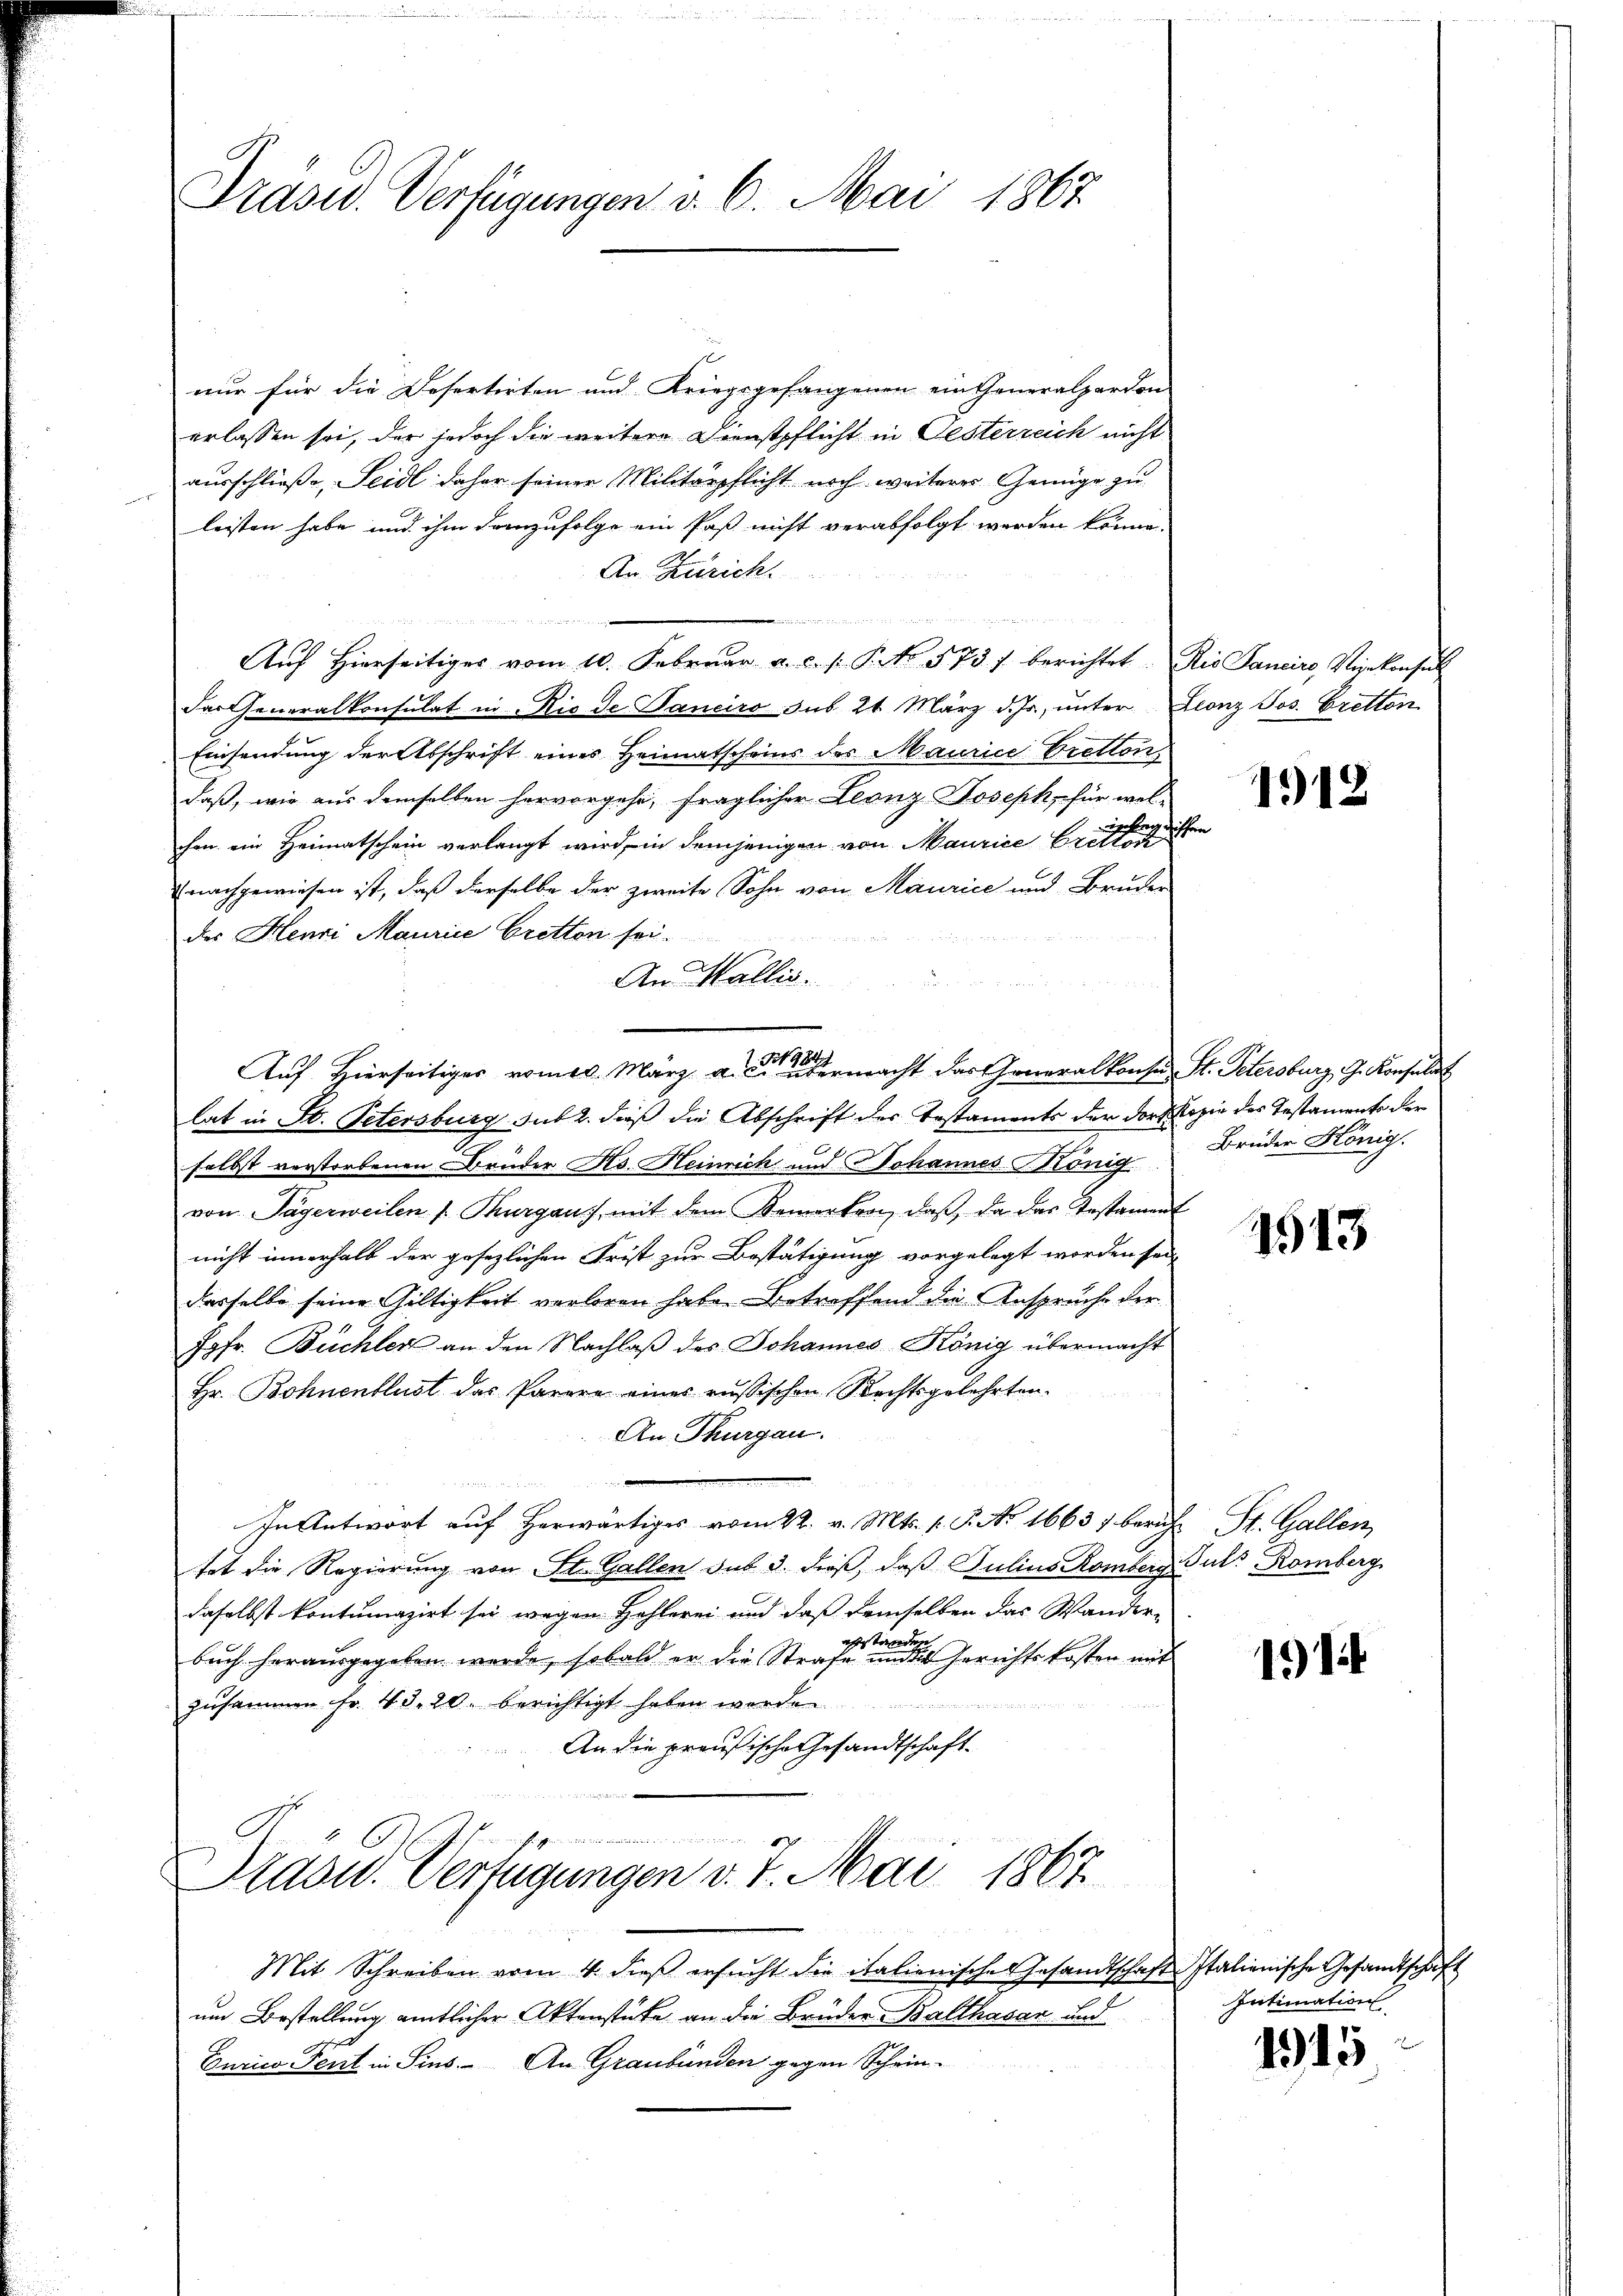
Präsid. Verfügungen d. 6. Mai 1867

nur für die Desertirten und Kriegsgefangenen ein Generalpardon
erlassen sei, der jedoch die weitere Dienstpflicht in Oesterreich nicht
ausschließe, Seidl daher seiner Militärpflicht noch weiterer Genüge zu
leisten habe und ihm danzufolge ein Paß nicht verabfolgt werden könne.
An Zürich.
r
ie in de
Auf Hierseitiges vom 10. Februar a. c. s. P. No. 5737 berichtet Rio Sanciro, Vizekonsul
Der Generalkonsulat in Rio de Janeiro sub 24 März d. Js. unter Leonz Jos. Cretton
Einsendung der Abschrift eines Heimatscheins der Maurice Bretton,
daß, wie aus demselben hervorgehe, fraglicher Leonz Joseph, für welchen ein Heimatschein verlangt wird, in demjenigen von Maurice Bitten
nachgewiesen ist, daß derselbe der zweite Sohn von Maurice und Bruder
des Henri Maurice Cretton sei¬
An Wallis.
lat in St. Petersburg sub 2. dieß die Abschrift der Testaments der dorf Kopie der Testaments der
selbst verstorbenen Bruder Hs. Heinrich und Johannes König
von Tägerweilen Thurgauis, mit dem Kemerken, daβ, da das Testament
nicht innerhalb der gesezlichen Frist zur Bestätigung vorgelegt worden sei
dasselbe seine Gültigkeit verloren habe. Betreffend die Anspruche der
Jgfr. Büchler an den Nachlaß des Johannes König übermacht
Hr. Bohnenflust das Parare eines russischen Rechtsgelehrten.
An Thurgau.
In Antwort auf herwärtiges vom 22. v. Mts. k. P. Nr. 16637 bericht St. Gallen
tet die Regierung von St. Gallen sub 3. dieß, daß Julius Romberg-Pult Romberg
daselbst kontumazirt sei wegen Hehlerei und daß demselben das Wander-
buch herausgegeben werde, sobald er die Strafe eine Gerichtskosten mit
zusammen fr. 43. 20. berichtigt haben werde

An die preußische Gesandtschaft
ritier weitete
Prasid. Verfügungen v. 7. Mai 1867
Mit Schreiben vom 4. dieβ ersŭcht die italienische Gesandtschaft Italienische Gesandtschaft
um Bestellung amtlicher Aktenstücke an die Brüder Balthasan und
Eurico Tent in Sins. An Graubünden gegen Schein¬

Auf Hierseitiges vom 3. März a. der ermacht das Generalkonsu St. Petersburg, G. Konsulat

1912

Brüder König.

1513

1914

Intimation

1915